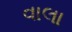
વાલા